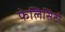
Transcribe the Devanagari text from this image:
फेलिसिटी